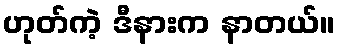
ဟုတ်ကဲ့ ဒီနားက နာတယ်။